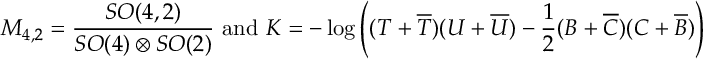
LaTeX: { \cal M } _ { 4 , 2 } = \frac { S O ( 4 , 2 ) } { S O ( 4 ) \otimes S O ( 2 ) } \mathrm { ~ a n d ~ } K = - \log \left( ( T + \overline { { { T } } } ) ( U + \overline { { { U } } } ) - \frac { 1 } { 2 } ( B + \overline { { { C } } } ) ( C + \overline { { { B } } } ) \right)